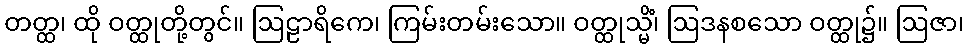
တတ္ထ၊ ထို ဝတ္ထုတို့တွင်။ ဩဠာရိကေ၊ ကြမ်းတမ်းသော။ ဝတ္ထုသ္မိံ၊ ဩဒနစသော ဝတ္ထု၌။ ဩဇာ၊